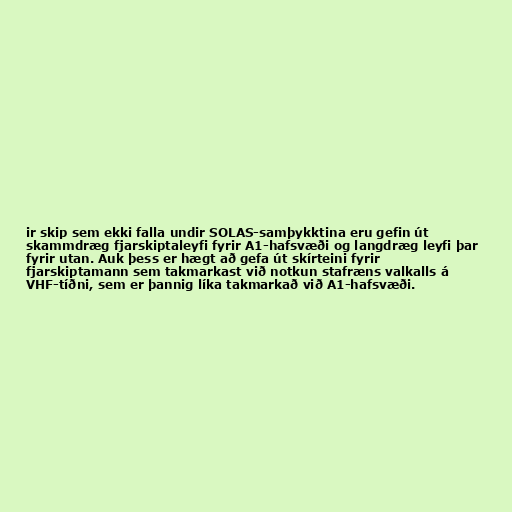
ir skip sem ekki falla undir SOLAS-samþykktina eru gefin út
skammdræg fjarskiptaleyfi fyrir A1-hafsvæði og langdræg leyfi þar
fyrir utan. Auk þess er hægt að gefa út skírteini fyrir
fjarskiptamann sem takmarkast við notkun stafræns valkalls á
VHF-tíðni, sem er þannig líka takmarkað við A1-hafsvæði.